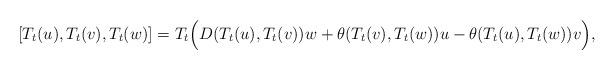
LaTeX: \begin{align*}&[T_t(u),T_t(v),T_t(w)]=T_t\Big(D(T_t(u),T_t(v))w+\theta(T_t(v),T_t(w))u-\theta(T_t(u),T_t(w))v\Big),\end{align*}